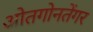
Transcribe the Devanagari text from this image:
ओतगोनतेंगर